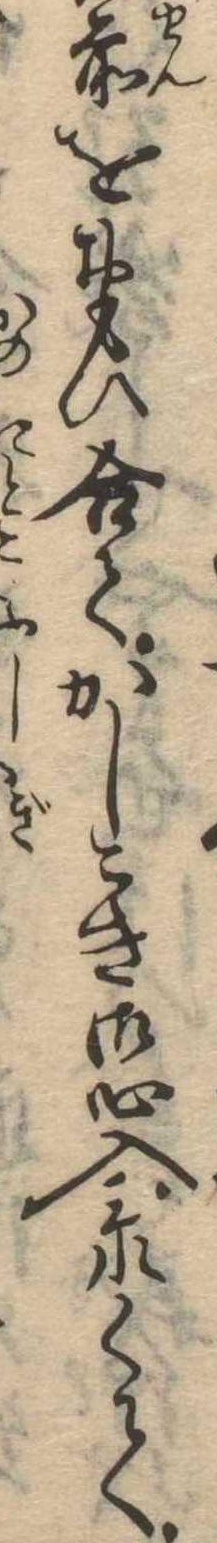
前をおもひ合てかしこき御心入忝くて